Scientific memoirs by medical officers of the Army of India - Part III,
Year: 1887
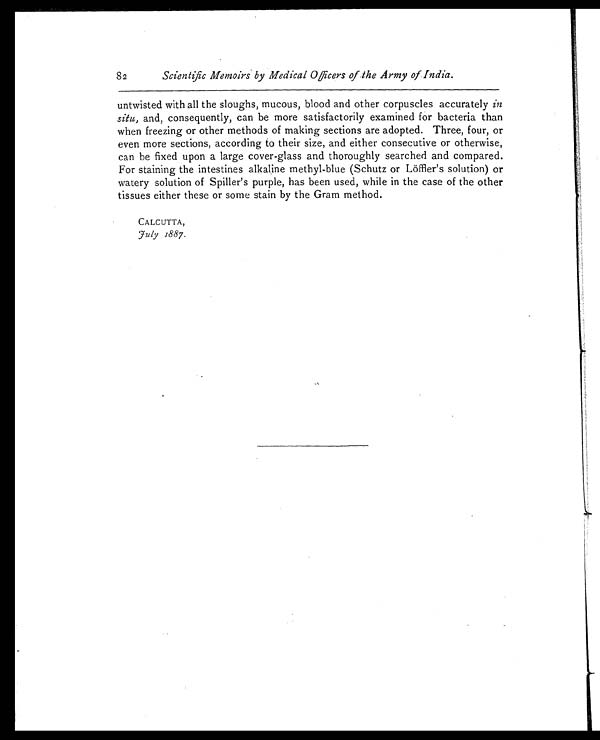
82
Scientific Memoirs by Medical Officers of the Army of India.
untwisted with all the sloughs, mucous, blood and other corpuscles accurately in
situ, and, consequently, can be more satisfactorily examined for bacteria than
when freezing or other methods of making sections are adopted. Three, four, or
even more sections, according to their size, and either consecutive or otherwise,
can be fixed upon a large cover-glass and thoroughly searched and compared.
For staining the intestines alkaline methyl-blue (Schutz or Löffler's solution) or
watery solution of Spiller's purple, has been used, while in the case of the other
tissues either these or some stain by the Gram method.
CALCUTTA,
J ul y 1887.